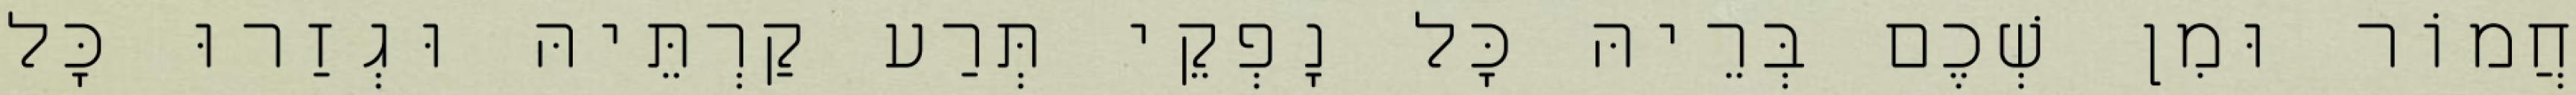
חֲמוֹר וּמִן שְׁכֶם בְּרֵיהּ כָּל נָפְקֵי תְּרַע קַרְתֵּיהּ וּגְזַרוּ כָּל